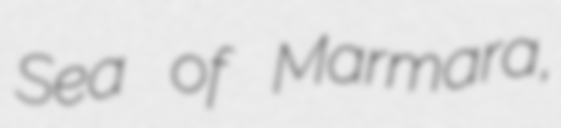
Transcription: Sea of Marmara,